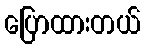
ပြောထားတယ်